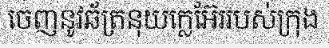
ចេញនូវឆ័ត្រនុយក្លេអ៊ែររបស់ក្រុង